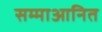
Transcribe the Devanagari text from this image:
सम्माआनित